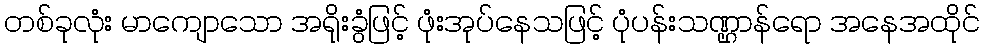
တစ်ခုလုံး မာကျောသော အရိုးခွံဖြင့် ဖုံးအုပ်နေသဖြင့် ပုံပန်းသဏ္ဌာန်ရော အနေအထိုင်